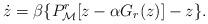
LaTeX: \begin{align*}\dot{z}=\beta\{P^r_\mathcal{M}[z-\alpha G_r(z)]-z\}.\end{align*}